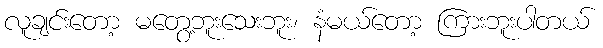
လူချင်းတော့ မတွေ့ဘူးသေးဘူး၊ နံမယ်တော့ ကြားဘူးပါတယ်